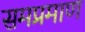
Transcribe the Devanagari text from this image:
समप्रमाण